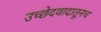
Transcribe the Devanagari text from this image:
उच्छेदवादातूनच